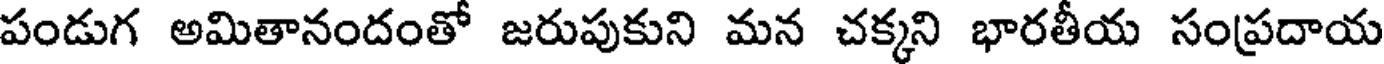
పండుగ అమితానందంతో జరుపుకుని మన చక్కని భారతీయ సంప్రదాయ